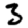
Digit: 3